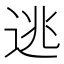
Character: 逃